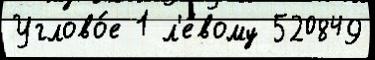
Углово́е 1 л'е́вому 520849